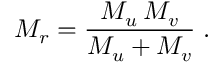
M _ { r } = \frac { M _ { u } \, M _ { v } } { M _ { u } + M _ { v } } \; .